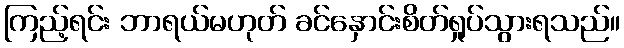
ကြည့်ရင်း ဘာရယ်မဟုတ် ခင်နှောင်းစိတ်ရှုပ်သွားရသည်။